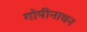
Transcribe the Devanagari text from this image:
गोपीनाथन